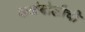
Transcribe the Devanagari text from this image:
कळंबोलीची